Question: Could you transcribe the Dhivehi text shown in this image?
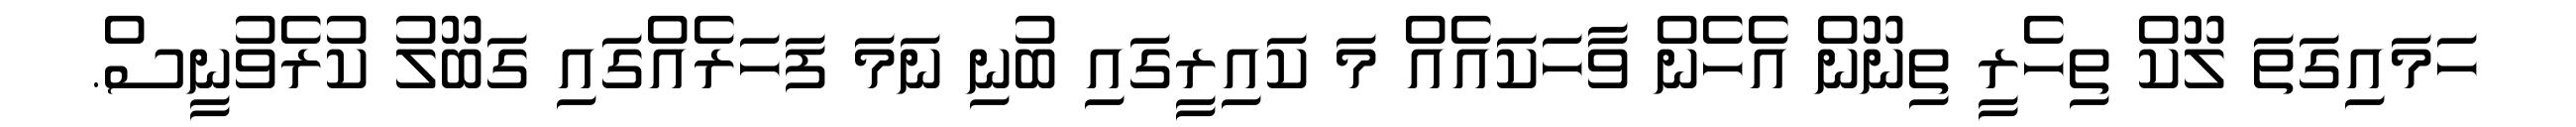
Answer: ހަމައިގަތަ ލޫކް ތިހެރީ ތިނޫން އެހެން ވާހަކައެއް މަ ކައިރީގައި ބުނި ނަމަ ފަހަރެއްގައި ގަބޫލު ކުރެވުނީސް.